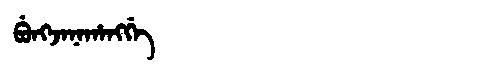
Manchu: ᠪᡠᠩᠵᠠᠨᠠᡥᠠᠩᡤᡝ
Romanization: BUNGJANAHANGGE